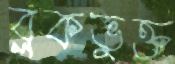
ব্লকভুক্ত